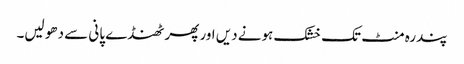
پندرہ منٹ تک خشک ہونے دیں اور پھر ٹھنڈے پانی سے دھو لیں۔